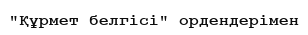
"Құрмет белгісі" ордендерімен